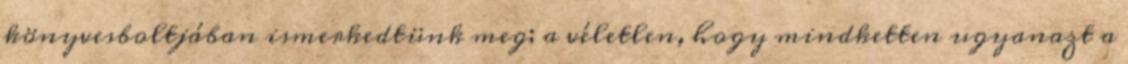
könyvesboltjában ismerkedtünk meg; a véletlen, hogy mindketten ugyanazt a